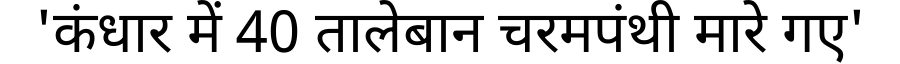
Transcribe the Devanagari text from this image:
'कंधार में 40 तालेबान चरमपंथी मारे गए'